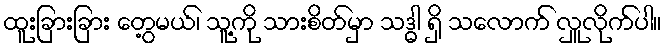
ထူးခြားခြား တွေ့မယ်၊ သူ့ကို သားစိတ်မှာ သဒ္ဓါ ရှိ သလောက် လှူလိုက်ပါ။